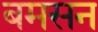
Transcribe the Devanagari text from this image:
बमसन